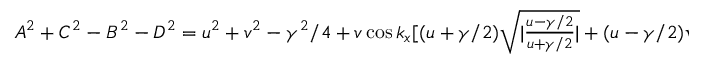
\begin{array} { r } { A ^ { 2 } + C ^ { 2 } - B ^ { 2 } - D ^ { 2 } = u ^ { 2 } + v ^ { 2 } - \gamma ^ { 2 } / 4 + v \cos k _ { x } [ ( u + \gamma / 2 ) \sqrt { | \frac { u - \gamma / 2 } { u + \gamma / 2 } | } + ( u - \gamma / 2 ) \sqrt { | \frac { u + \gamma / 2 } { u - \gamma / 2 } | } ] } \end{array}